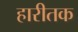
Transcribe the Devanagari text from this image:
हारीतक